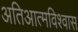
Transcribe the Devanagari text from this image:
अतिआत्मविश्वास